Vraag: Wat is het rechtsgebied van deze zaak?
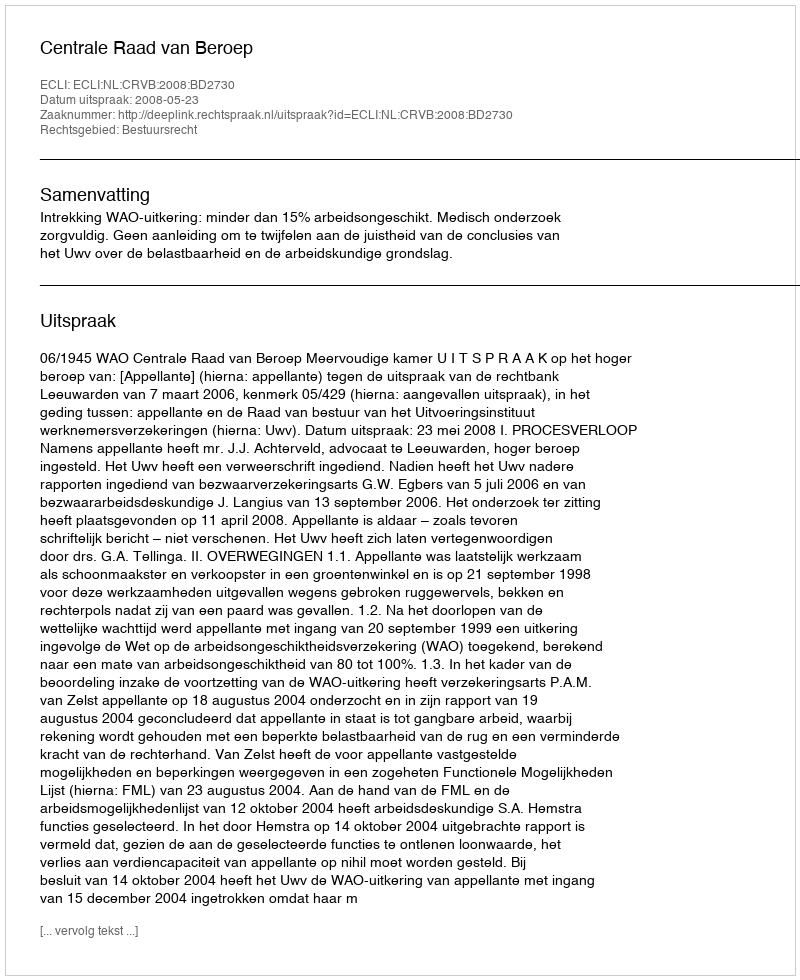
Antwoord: Bestuursrecht